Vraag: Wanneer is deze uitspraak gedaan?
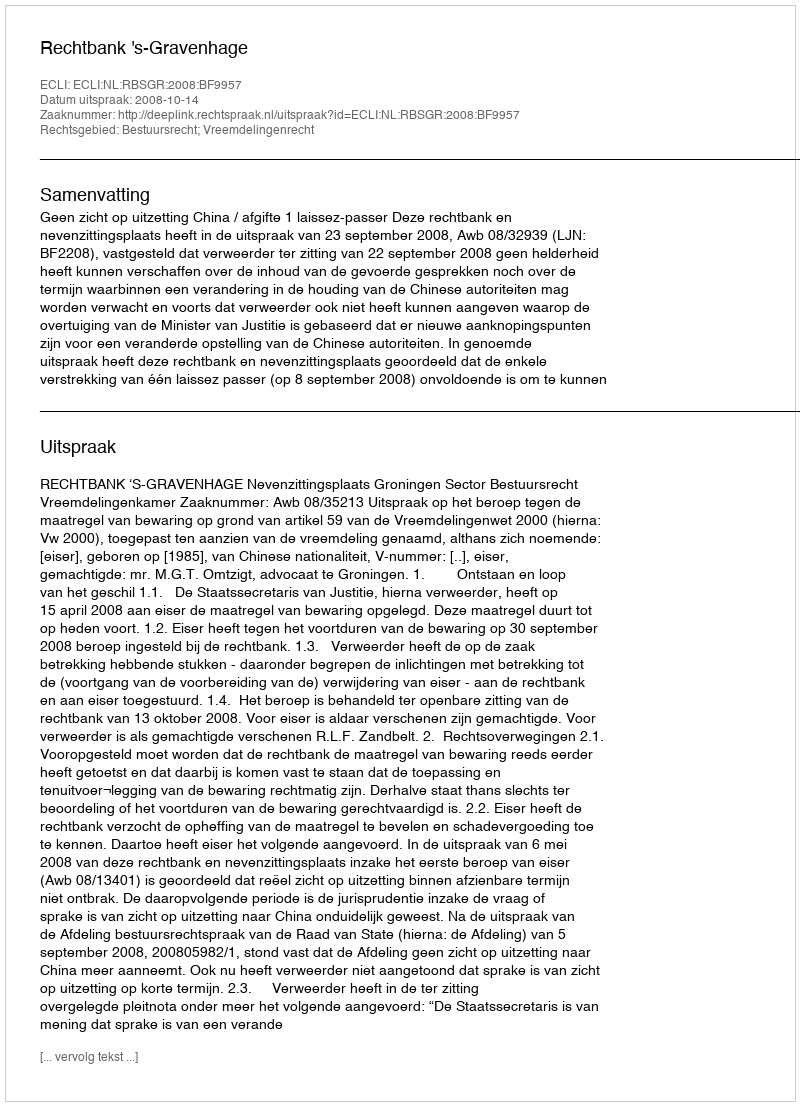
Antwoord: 2008-10-14